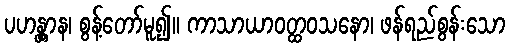
ပဟန္တွာန၊ စွန့်တော်မူ၍။ ကာသာယာဝတ္ထဝသနော၊ ဖန်ရည်စွန်းသော